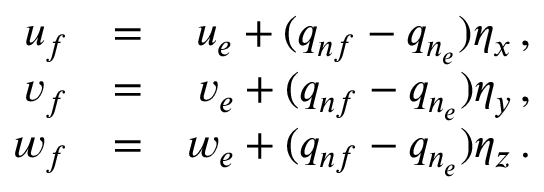
\begin{array} { r l r } { u _ { f } } & { = } & { u _ { e } + ( q _ { n f } - q _ { n _ { e } } ) \eta _ { x } \, \mathrm { , } } \\ { v _ { f } } & { = } & { v _ { e } + ( q _ { n f } - q _ { n _ { e } } ) \eta _ { y } \, \mathrm { , } } \\ { w _ { f } } & { = } & { w _ { e } + ( q _ { n f } - q _ { n _ { e } } ) \eta _ { z } \, \mathrm { . } } \end{array}